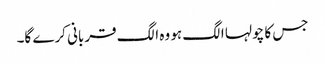
جس کا چولہا الگ ہو وہ الگ قربانی کرے گا۔